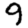
Digit: 9